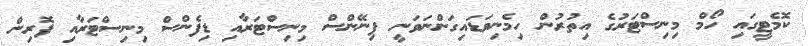
ކޮމެޓީގައި ހޯމް މިނިސްޓަރުގެ އިތުރުން ހިމެނިވަޑައިގަންނަވަނީ ފިނޭންސް މިނިސްޓަރާއި ޑިފެންސް މިނިސްޓަރާއި ފޮރިން